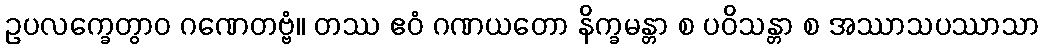
ဥပလက္ခေတွာဝ ဂဏေတဗ္ဗံ။ တဿ ဧဝံ ဂဏယတော နိက္ခမန္တာ စ ပဝိသန္တာ စ အဿာသပဿာသာ